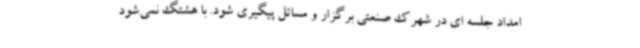
امداد جلسه ای در شهرک صنعتی برگزار و مسائل پیگیری شود. با هشتگ نمی‌شود